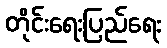
တိုင်းရေးပြည်ရေး